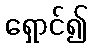
ရှောင်၍